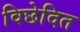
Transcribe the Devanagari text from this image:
विछेदित